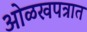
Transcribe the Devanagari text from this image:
ओळखपत्रात